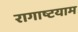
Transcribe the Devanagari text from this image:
रागाष्टयाम